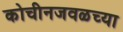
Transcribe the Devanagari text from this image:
कोचीनजवळच्या